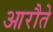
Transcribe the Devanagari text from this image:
आरौते